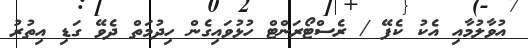
އުވާލުމާއި އެކު ކެފޭ / ރެސްޓޯރަންޓް ހުޅުވައިގެން ހިދުމަތް ދެވޭ ގަޑި އިތުރު